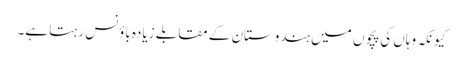
کیونکہ وہاں کی پچوں میں ہندوستان کے مقابلے زیادہ باؤنس رہتا ہے۔